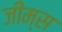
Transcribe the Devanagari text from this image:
जीम्स